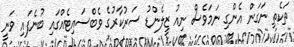
ތަކެތި ނަގަން އެންގި ނަމަވެސް ނިއު ޒީލެންޑު ސަރުކާރުގެ ވެބްސައިޓެއްގައި ބުނެފައި ވަނީ